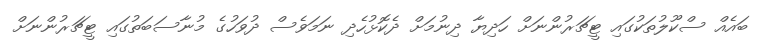
ބައެއް ސްކޫލުތަކުގައި ޓީޗަރުންނަށް ހަދިޔާ ދިނުމަށް ދެކޮޅުހެދި ނަމަވެސް ދުވަހުގެ މުނާސަބަތުގައި ޓީޗަރުންނަށް